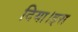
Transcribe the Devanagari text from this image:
दिया।इस